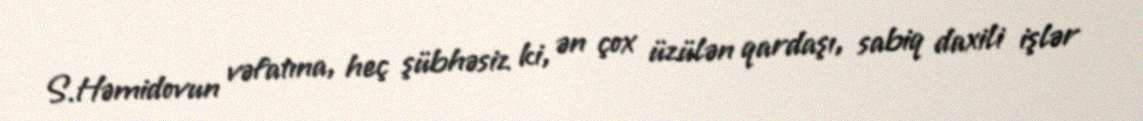
S.Həmidovun vəfatına, heç şübhəsiz ki, ən çox üzülən qardaşı, sabiq daxili işlər